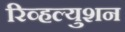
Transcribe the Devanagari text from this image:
रिव्हल्युशन